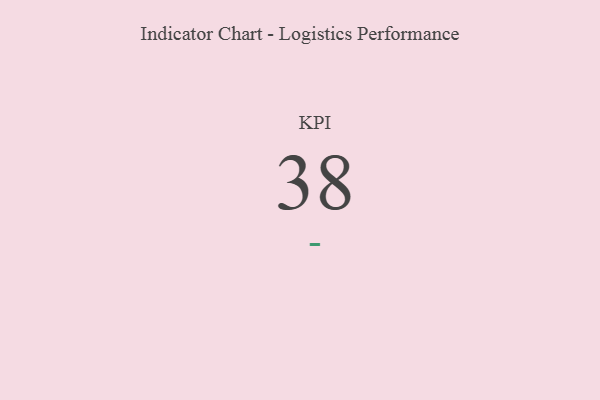
{"axis": {"x": "KPI", "y": "Value"}, "legend": [""], "data": [{"x": "KPI", "y": 38, "type": ""}]}